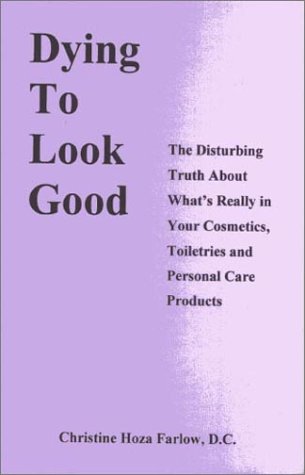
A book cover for Dying to Look Good : The Disturbing Truth About What's Really in Your Cosmetics, Toiletries and Personal Care Products; Christine H. Farlow; Health, Fitness & Dieting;